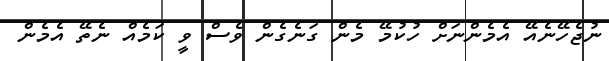
ނުޖެހޭނެއޭ އެމެންނަށް ހުކުމޭ މެން ގަނެގެން ވެސް ވީ ކަމެއް ނެތޭ އެމެން